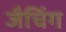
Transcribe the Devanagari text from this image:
जैचिंग